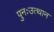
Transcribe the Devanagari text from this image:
पुनःउत्थान